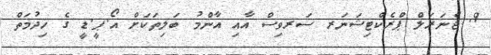
9. ޖެނަރަލް ޕްރެކްޓިޝަނަރ ސަރވިސް އާއި އާންމު ބަލިތަކަށް އޯ.ޕީ.ޑީ ގެ ޚިދުމަތް